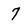
Character: 7